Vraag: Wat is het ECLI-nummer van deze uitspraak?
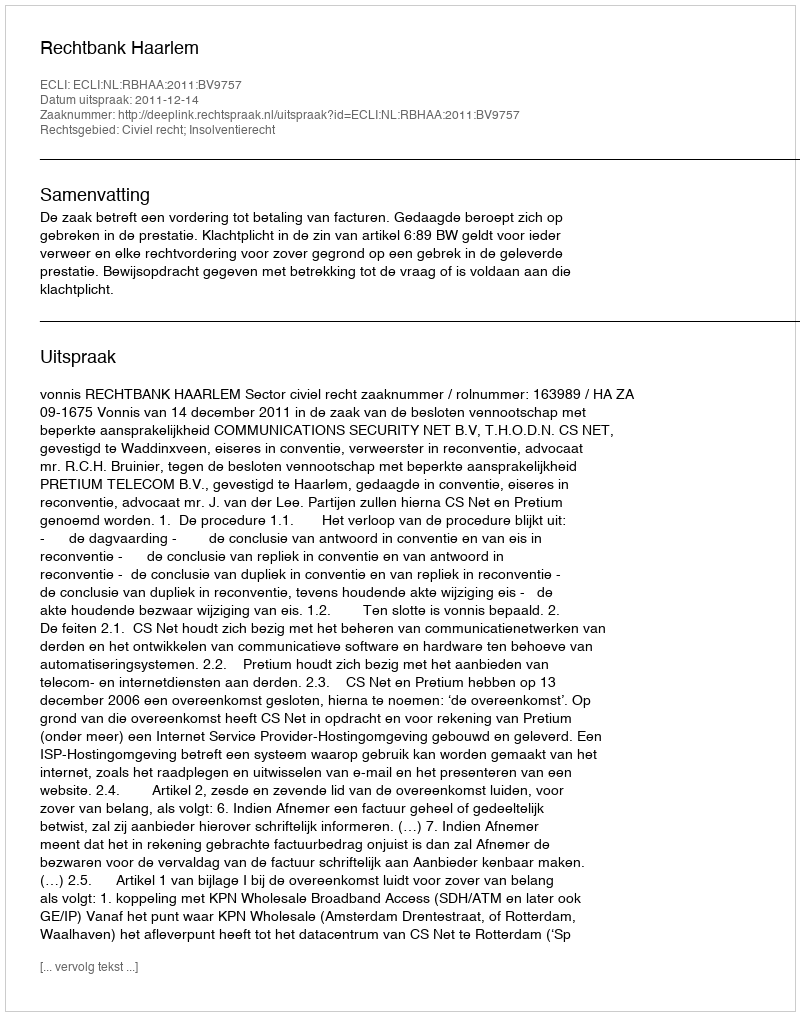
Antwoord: ECLI:NL:RBHAA:2011:BV9757